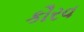
કૌરવ